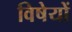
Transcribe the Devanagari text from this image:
विषेयों